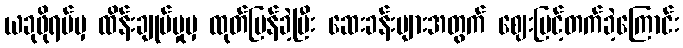
ယခုဖိုရမ်မှ ထိန်းချုပ်မှုမှ ထုတ်ပြန်ခဲ့ပြီး ဆေးခန်းများအတွက် ဈေးမြင့်တက်ခဲ့ကြောင်း